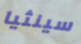
سينثيا